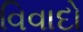
વિવાદો